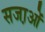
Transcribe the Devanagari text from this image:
सजा़ओं